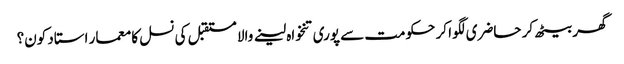
گھر بیٹھ کر حاضری لگوا کر حکومت سے پوری تنخواہ لینے والا مستقبل کی نسل کا معمار استاد کون؟